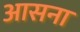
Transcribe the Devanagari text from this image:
आसना